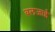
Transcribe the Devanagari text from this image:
बलजाई